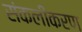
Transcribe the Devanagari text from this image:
संकलीकरण